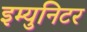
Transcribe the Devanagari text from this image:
इम्युनिटर